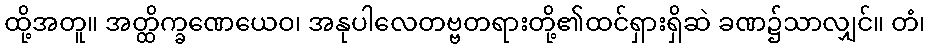
ထို့အတူ။ အတ္ထိက္ခဏေယေဝ၊ အနုပါလေတဗ္ဗတရားတို့၏ထင်ရှားရှိဆဲ ခဏ၌သာလျှင်။ တံ၊